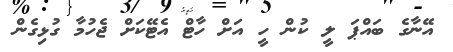
އޭނާގެ ބައްޕަ ލީ ކުން ހީ އަށް ހާޓް އެޓޭކަށް ޖެހުމާ ގުޅިގެން